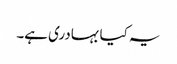
یہ کیا بہادری ہے۔